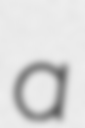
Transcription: a